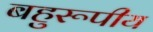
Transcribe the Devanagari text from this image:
बहुरूपीय